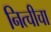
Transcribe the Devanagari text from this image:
नित्चीचा